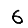
Digit: 6